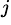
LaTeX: ^{j}